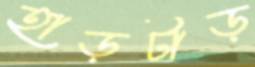
হাড়টাড়